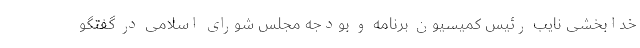
خدابخشی نایب رئیس کمیسیون برنامه و بودجه مجلس شورای اسلامی در گفتگو